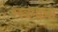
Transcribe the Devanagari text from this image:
लवंगाचा